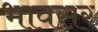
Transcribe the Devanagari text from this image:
भावसर